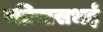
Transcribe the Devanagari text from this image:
रतिनासभई